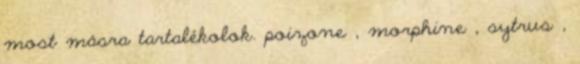
most másra tartalékolok. poizone , morphine , sytrus ,